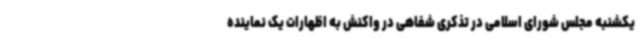
یکشنبه مجلس شورای اسلامی در تذکری شفاهی در واکنش به اظهارات یک نماینده